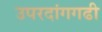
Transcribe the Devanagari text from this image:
उपरदांगगढी